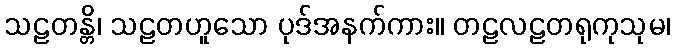
သဠတန္တိ၊ သဠတဟူသော ပုဒ်အနက်ကား။ တဠလဠတရုကုသုမ၊